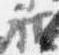
被